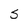
Character: S